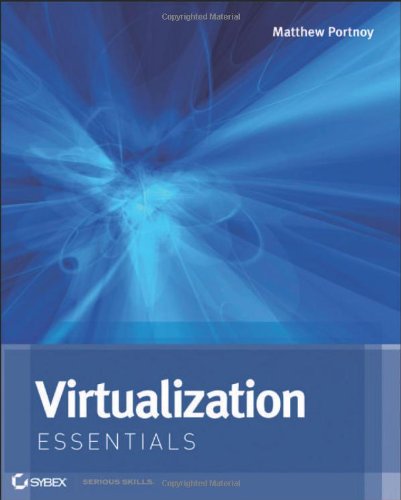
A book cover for Virtualization Essentials; Matthew Portnoy; Computers & Technology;